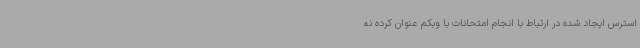
استرس ایجاد شده در ارتباط با انجام امتحانات با وبکم عنوان کرده نه